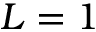
L = 1